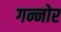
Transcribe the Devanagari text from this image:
गन्नोर